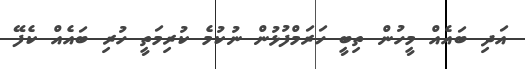
އަދި ބައެއް މީހުން ތިބީ ހަރަމްފުޅުން ނުކުމެ ކުރިމަތީ ހުރި ބައެއް ކެފޭ